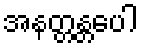
အနတ္တန္တပေါ